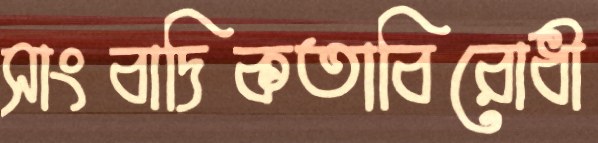
সাংবাদিকতাবিরোধী